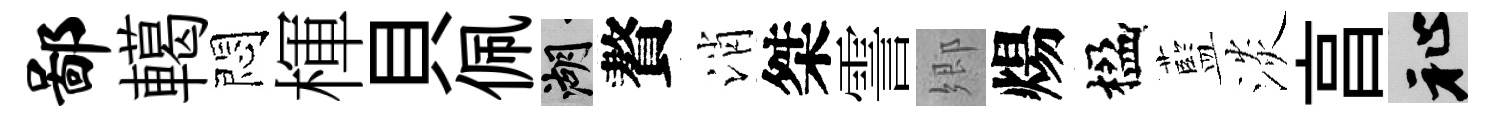
鄙轕悶楎貝佩湖贅消桀霅郷煬楹藍淡亯祉